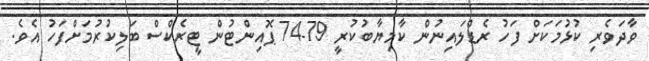
ވާދަވެރި ކުޅުމަކަށް ފަހު ރެޑްލައިނުން ކާމިޔާބުކުރީ 79-74 ޕޮއިންޓުން ޓީރެކްސް ބަލިކުރުމަށްފަހު އެވެ.